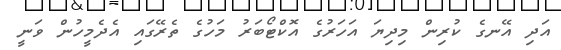
އަދި އޭނގެ ކުރިން މިދިޔަ އަހަރުގެ އޮކްޓޯބަރު މަހުގެ ތެރޭގައި އެދެމީހުން ވަނީ